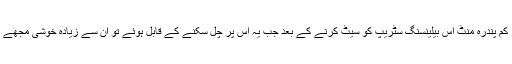
کم از کم پندرہ منٹ اس بیلینسنگ سٹریپ کو سیٹ کرنے کے بعد جب یہ اس پر چل سکنے کے قابل ہوئے تو ان سے زیادہ خوشی مجھے ہوئی۔